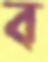
ব